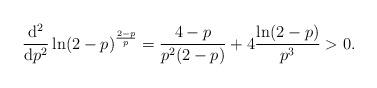
LaTeX: \begin{align*} \frac{\mathrm{d}^2}{\mathrm{d}p^2}\ln(2-p)^\frac{2-p}{p}=\frac{4-p}{p^2(2-p)}+4\frac{\ln(2-p)}{p^3}>0.\end{align*}